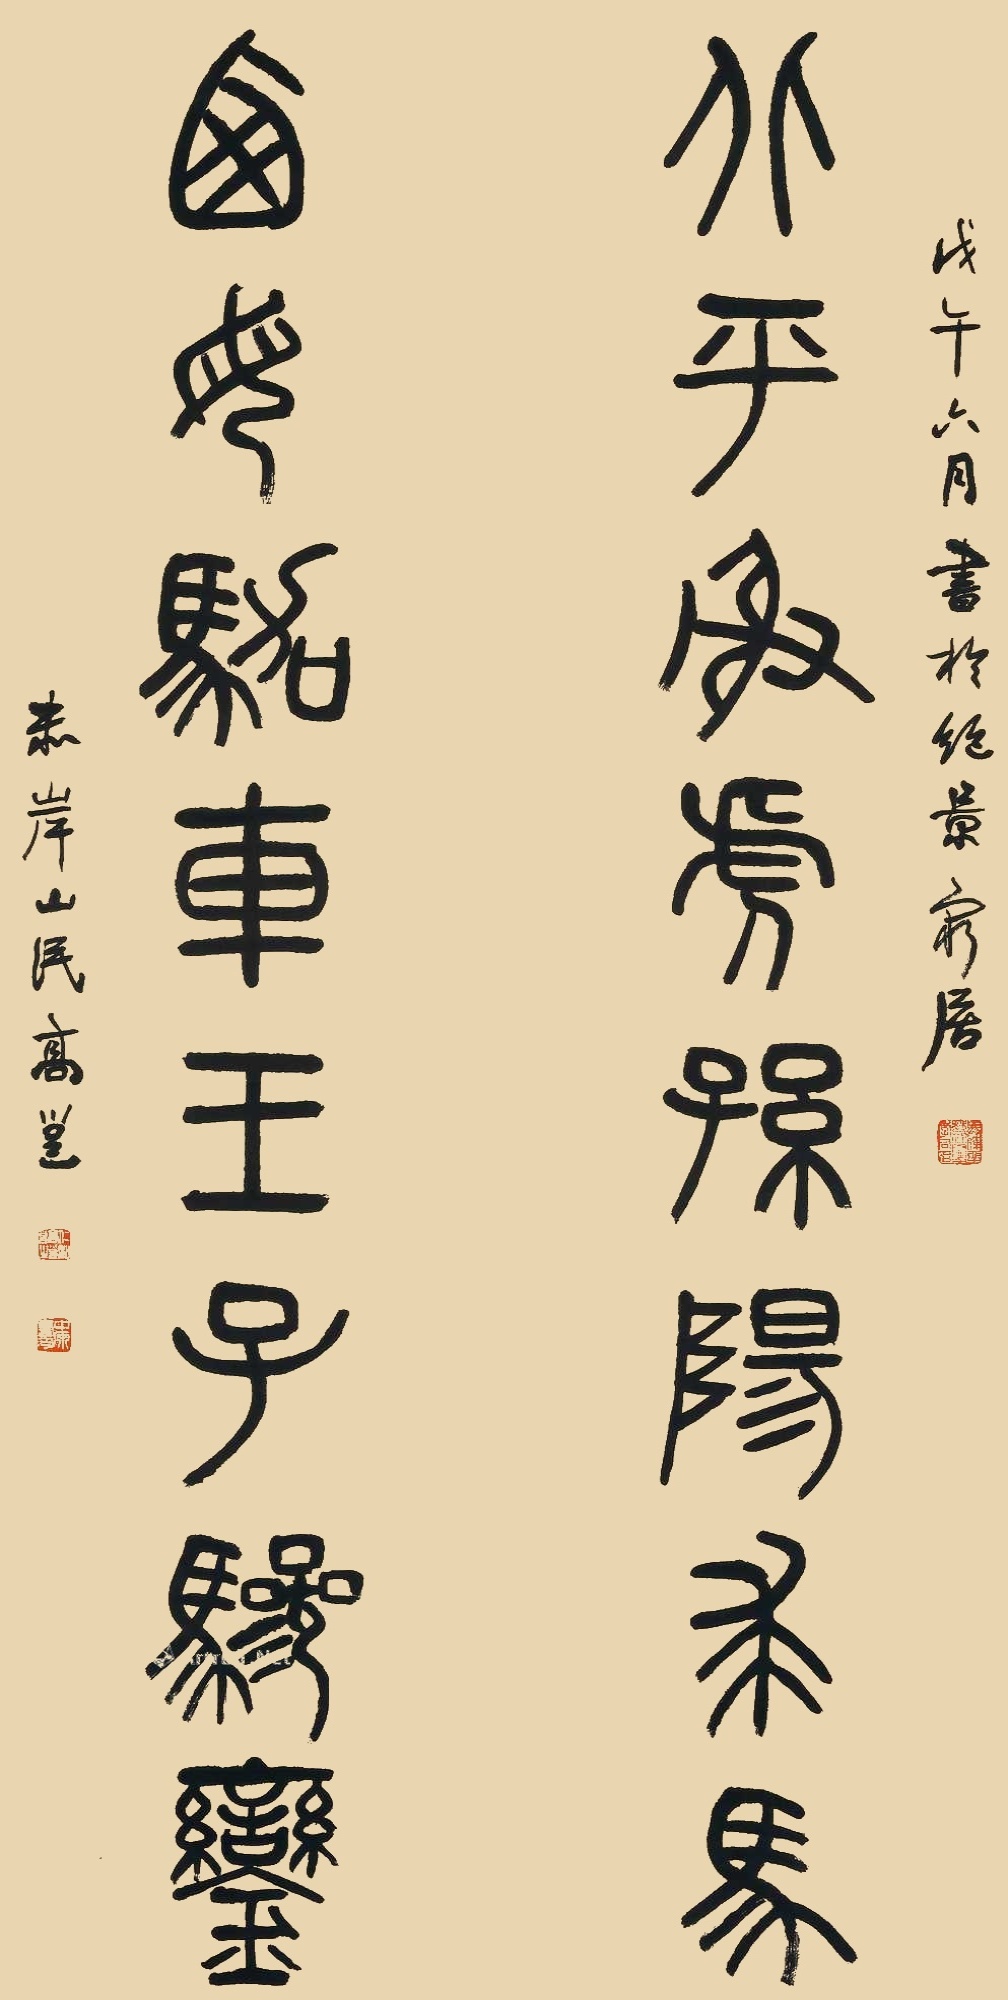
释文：北平射虎孙阳求马,西母驾车王子骖銮。戊午六月书于绝景穷居，赤岸山民高邕。